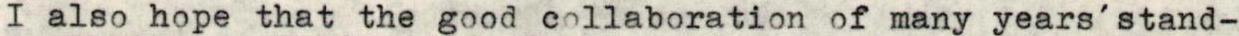
I also hope that the good collaboration of many years' stand-